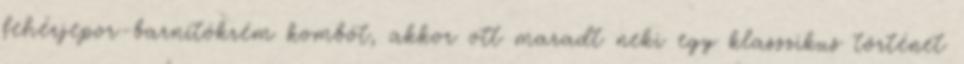
fehérjepor-barnítókrém kombót, akkor ott maradt neki egy klasszikus történet